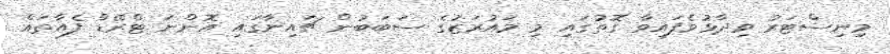
މިނިސްޓަރު ވިދާޅުވެފައިވާ ގޮތުގައި މި މައުރަޒުގެ ސަބަބުން ޗައިނާގައި އޮންނަ ޓްރޭޑް ފެއާތައް